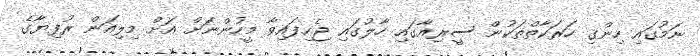
ނަމުގައި ހިންގި ހަރަކާތްތަކުން ސީރިއާގައި ހާލުގައި ޖެހިފައިވާ މީހުންނަށް އަށް މިލިއަން ރުފިޔާގެ